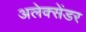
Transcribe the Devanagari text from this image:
अलेक्सेंडर